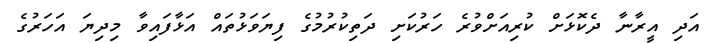
އަދި އީރާނާ ދެކޮޅަށް ކުރިއަށްވުރެ ހަރުކަށި ދަތިކުރުމުގެ ފިޔަވަޅުތައް އަޅާފައިވާ މިދިޔަ އަހަރުގެ